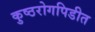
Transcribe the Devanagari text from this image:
कुष्ठरोगपिडीत